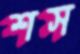
শস